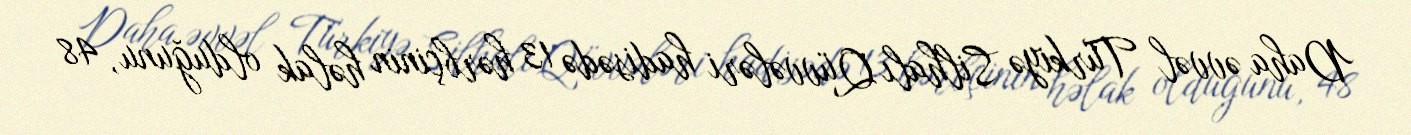
Daha əvvəl Türkiyə Silhalı Qüvvələri hadisədə 13 hərbçinin həlak olduğunu, 48